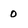
Character: 0